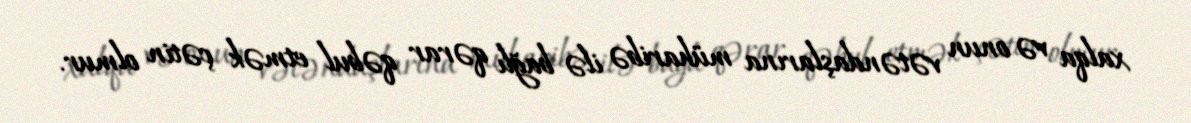
xalqa və onun vətəndaşlarına müharibə ilə bağlı qərar qəbul etmək çətin olmur.